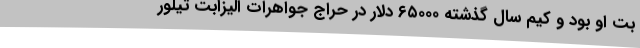
بُت او بود و کیم سال گذشته ۶۵۰۰۰ دلار در حراجِ جواهراتِ الیزابت تیلور